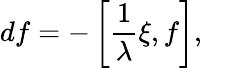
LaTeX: df=-\left[\frac{1}{\lambda}\xi,f\right],~~~